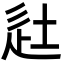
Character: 𨑡